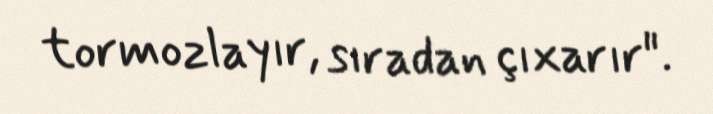
tormozlayır, sıradan çıxarır".